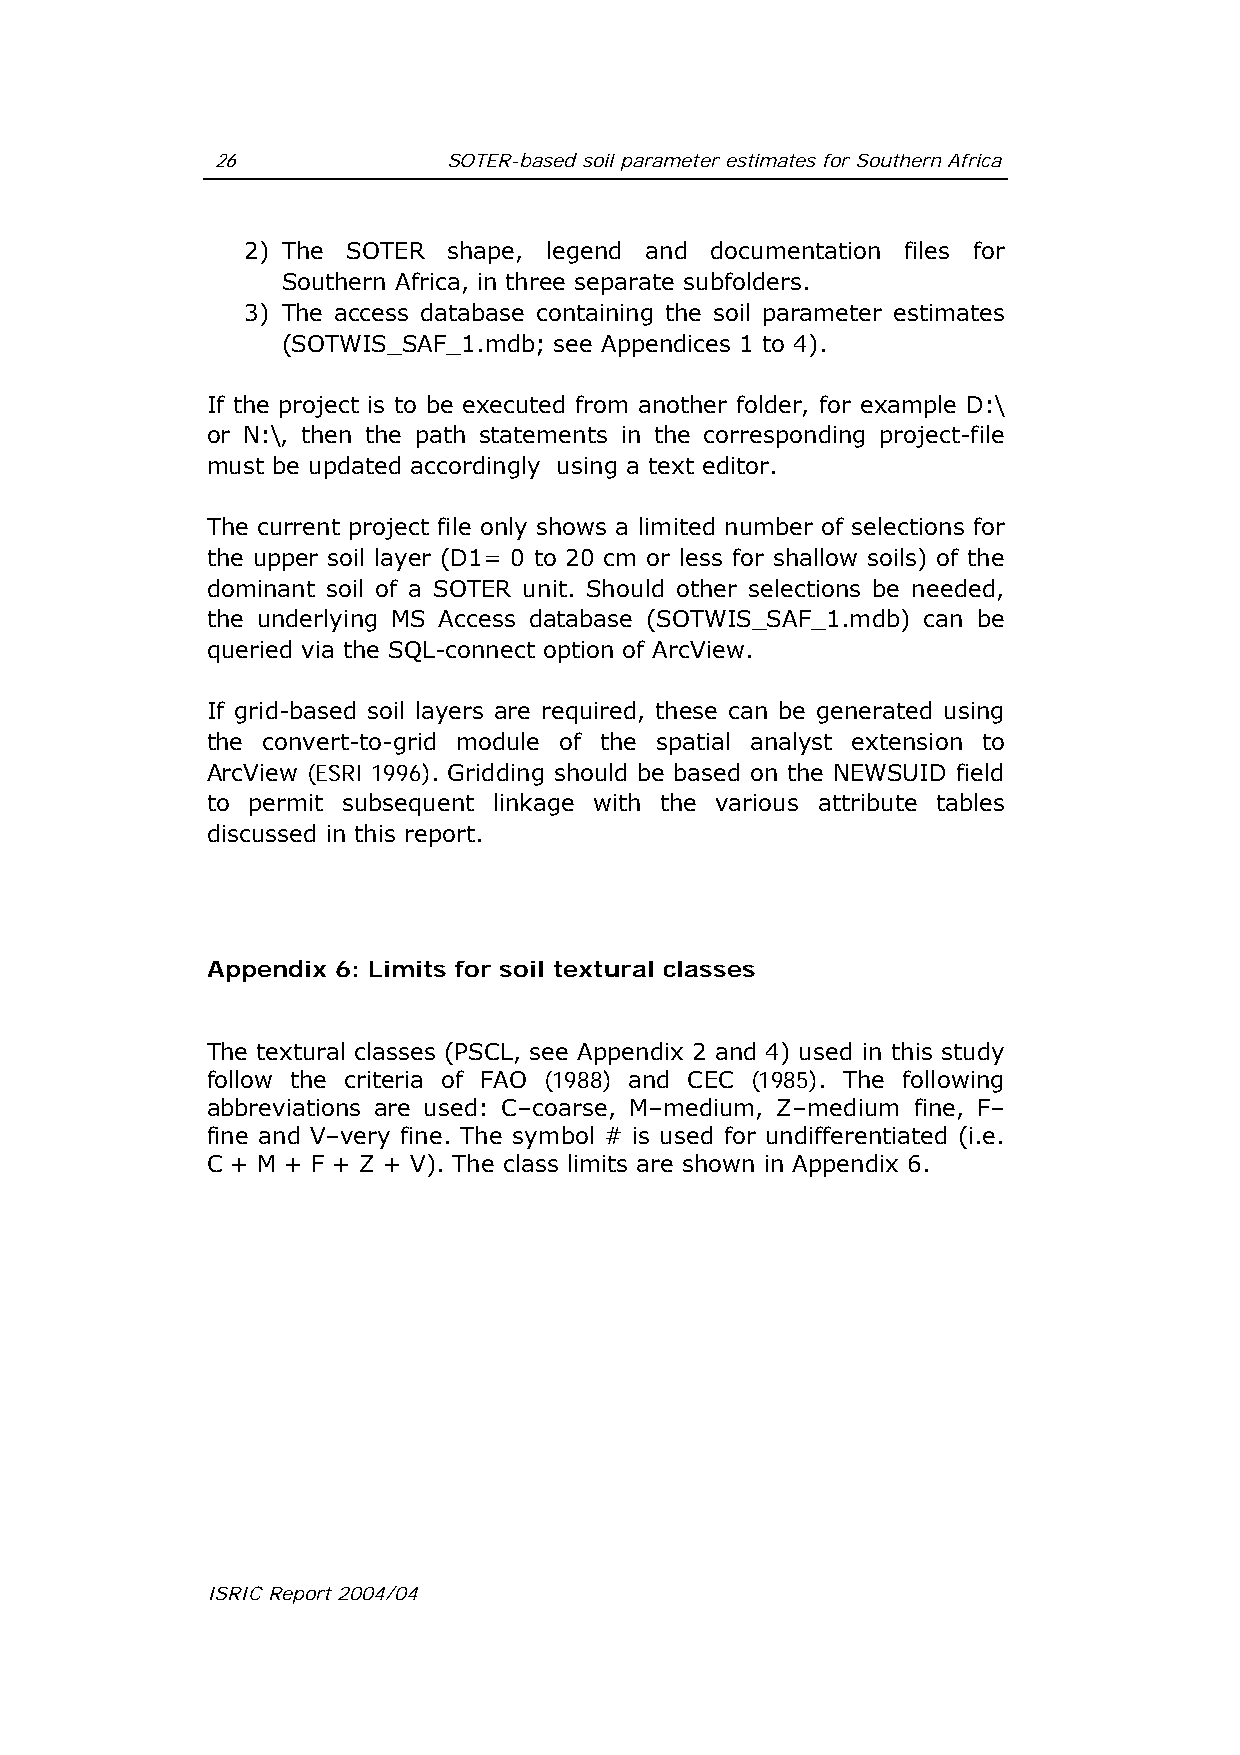
26              SOTER-based soil parameter estimates for Southern Africa
 2) The SOTER  shape, legend and documentation files for
 Southern Africa, in three separate subfolders.
 3) The access database containing the soil parameter estimates
 (SOTWIS_SAF_1.mdb; see Appendices 1 to 4).
 If the project is to be executed from another folder, for example D:\
 or N:\, then the path statements in the corresponding project-file
 must be updated accordingly using a text editor.
 The current project file only shows a limited number of selections for
 the upper soil layer (D1= 0 to 20 cm or less for shallow soils) of the
 dominant soil of a SOTER unit. Should other selections be needed,
 the underlying MS Access database (SOTWIS_SAF_1.mdb) can be
 queried via the SQL-connect option of ArcView.
 If grid-based soil layers are required, these can be generated using
 the convert-to-grid module of the spatial analyst extension to
 ArcView (ESRI 1996). Gridding should be based on the NEWSUID field
 to permit subsequent linkage with the various attribute tables
 discussed in this report.
 Appendix 6: Limits for soil textural classes
 The textural classes (PSCL, see Appendix 2 and 4) used in this study
 follow the criteria of FAO (1988) and CEC (1985). The following
 abbreviations are used: C–coarse, M–medium, Z–medium fine, F–
 fine and V–very fine. The symbol # is used for undifferentiated (i.e.
 C + M + F + Z + V). The class limits are shown in Appendix 6.
 ISRIC Report 2004/04